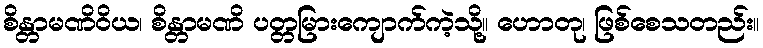
စိန္တာမဏိဝိယ၊ စိန္တာမဏိ ပတ္တမြားကျောက်ကဲ့သို့။ ဟောတု၊ ဖြစ်စေသတည်း။